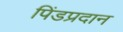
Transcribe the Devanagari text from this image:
पिंडप्रदान